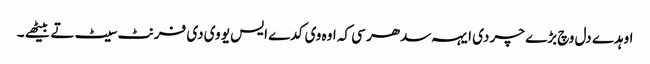
اوہدے دل وچ بڑے چر دی ایہہ سدھر سی کہ اوہ وی کدے ایس یو وی دی فرنٹ سیٹ تے بیٹھے ۔